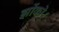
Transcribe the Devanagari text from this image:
झोंको।